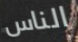
الناس